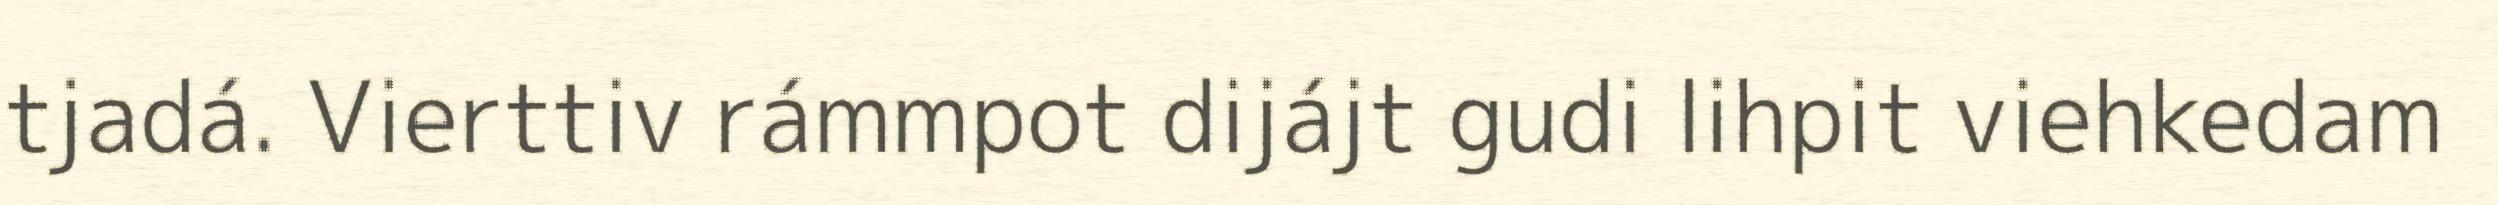
tjadá. Vierttiv rámmpot dijájt gudi lihpit viehkedam